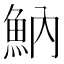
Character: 魶